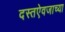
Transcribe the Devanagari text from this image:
दस्तऐवजाच्या